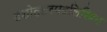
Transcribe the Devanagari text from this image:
दशोत्तरपदलिखित